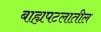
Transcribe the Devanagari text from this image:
बाह्यपटलातील